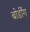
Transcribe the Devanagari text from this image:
बोर्डींग